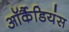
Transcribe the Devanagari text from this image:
ऑर्कैडियंस